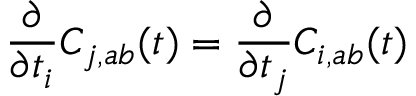
\frac { \partial } { \partial t _ { i } } C _ { j , a b } ( t ) = \frac { \partial } { \partial t _ { j } } C _ { i , a b } ( t )